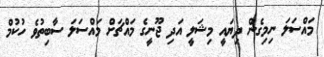
މައްސަލަ ނިމިގެން ދިޔައީ މިޝަލީ އަދި ޖޫނީގެ މައްޗަށް މައްސަލަ ސާބިތުވެ ހުކުމް